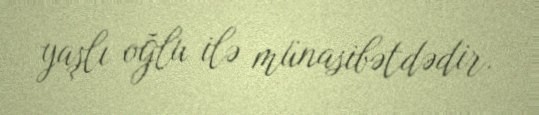
yaşlı oğlu ilə münasibətdədir.